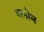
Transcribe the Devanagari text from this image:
बलोन